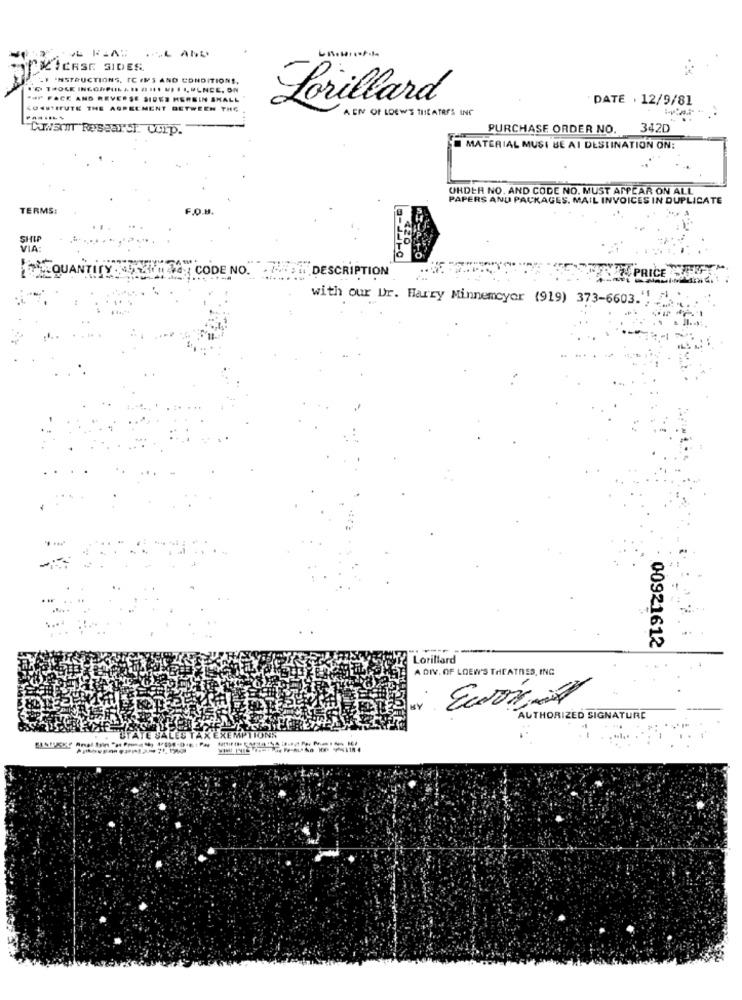
PILIERSE SIDES.
LI INSTRUCTIONS, IC IMS AND CONDITIONS,
@ THOLE INGON
"AF FACE AND REVERSE SIDES HEREIN SMALL
DATE . 12/9/81
CGESTIFUTE THE AGREEMENT BETWEEN THE
Lorillard
A EN OF LOEWS THEATRES ING
Cuwar Research Corp.
PURCHASE ORDER NO. 342D
MATERIAL MUSI BE AI DESTINATION ON:
UNDER NO. AND CODE NO. MUST APPEAR ON ALL
PAPERS AND PACKAGES. MAIL INVOICES IN DUPLICATE
TERMS:
F.O.B
SHIP
tinytime CODE NO. . . i. DESCRIPTION
PRICE
with our Dr. Harry Minnemcyer (919) 373-6603.
00921612
Lorillard
A DIV. OF LOEW'S THEATRES, ING
MY
AUTHORIZED SIGNATURE
STATE SALES TAX
EMPTIONN